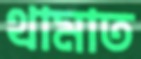
থামাত